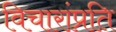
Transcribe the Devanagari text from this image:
विचारांप्रति